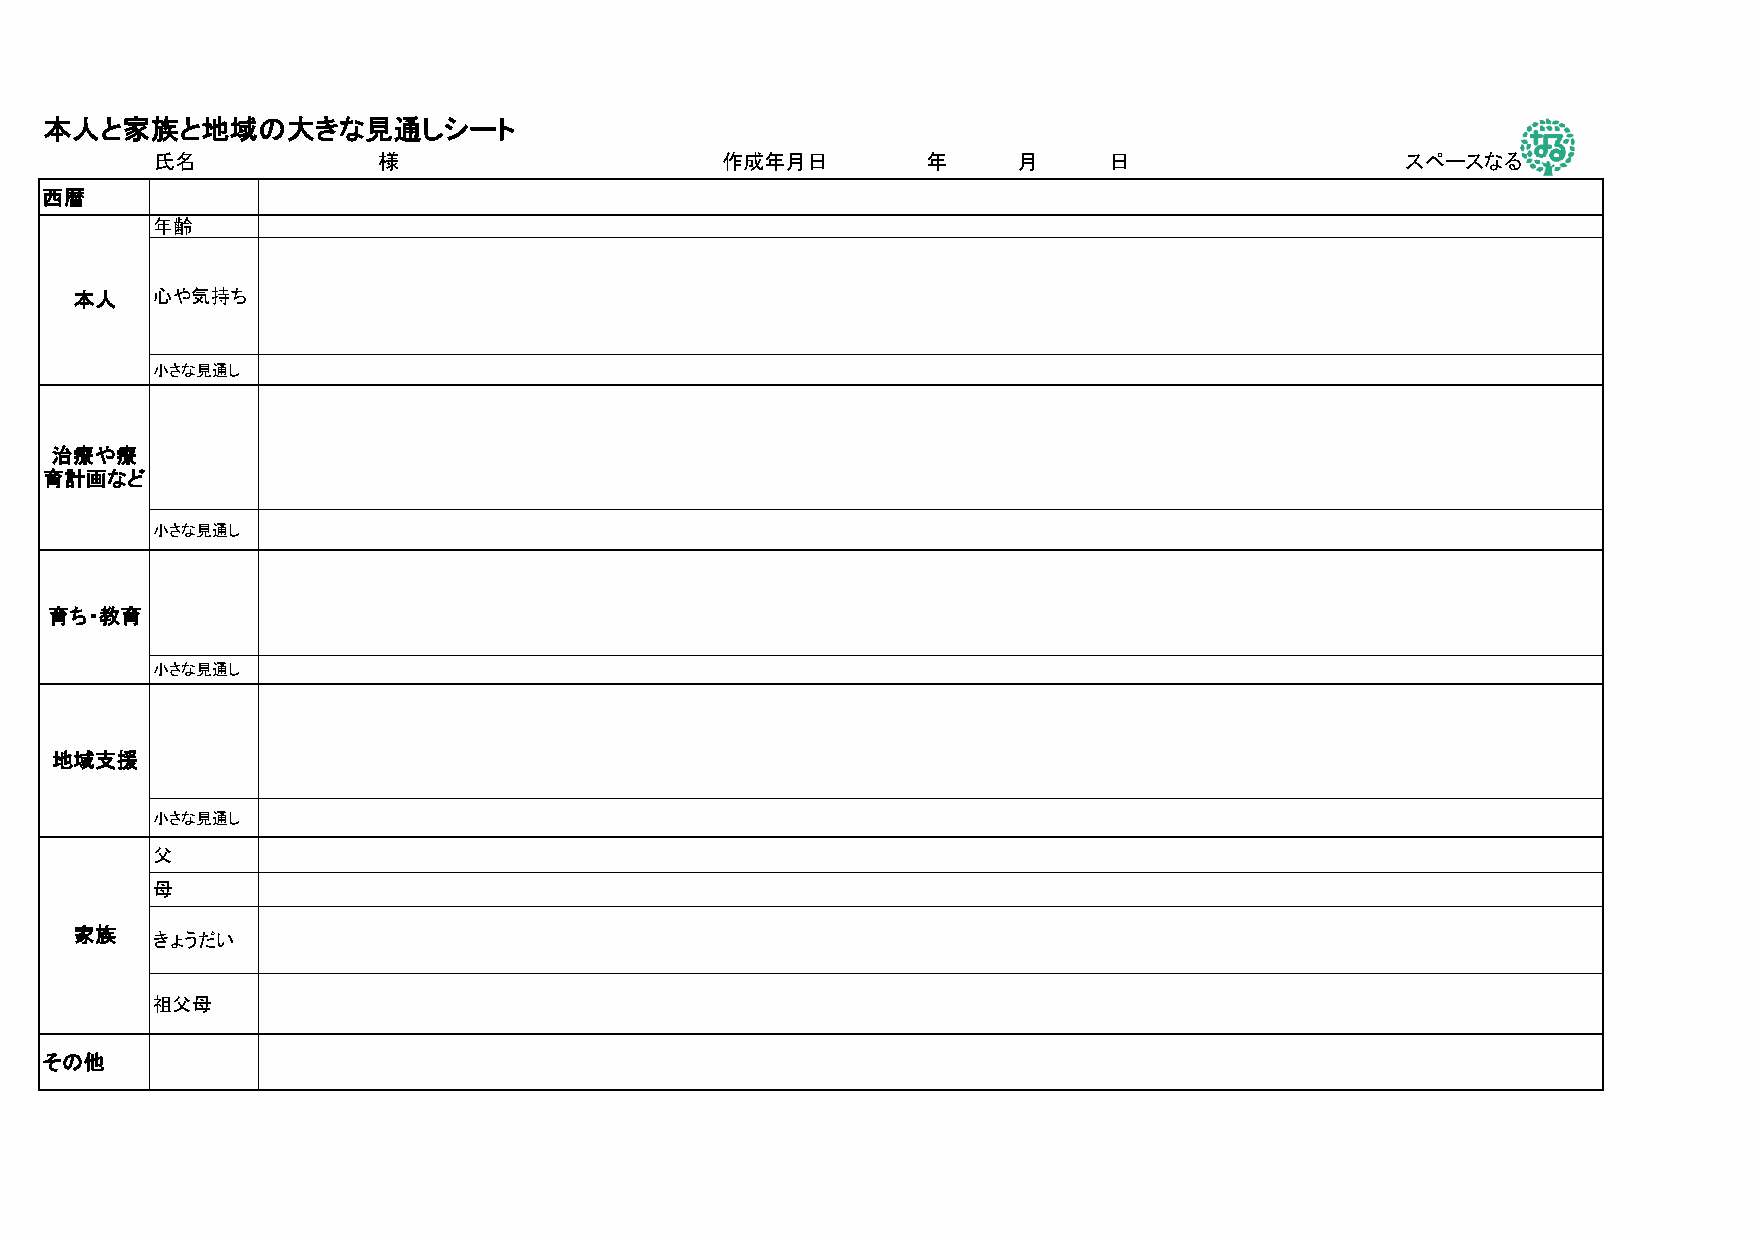
本人と家族と地域の大きな見通しシート
 氏名             様                      作成年月日        年     月     日                   スペースなる
 西暦
 年齢
 本人   心や気持ち
 小さな見通し
 治療や療
 育計画など
 小さな見通し
 育ち・教育
 小さな見通し
 地域支援
 小さな見通し
 父
 母
 家族   きょうだい
 祖父母
 その他